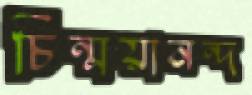
চিন্ময়ানন্দ